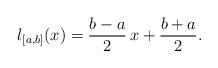
LaTeX: \begin{align*}l_{[a,b]}(x)=\frac{b-a}{2}\,x+\frac{b+a}{2}.\end{align*}